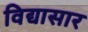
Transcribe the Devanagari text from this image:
विद्यासार